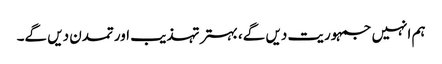
ہم انہیں جمہوریت دیں گے، بہتر تہذیب اور تمدن دیں گے۔